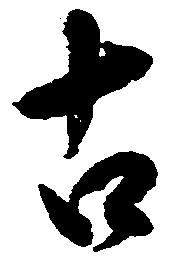
古